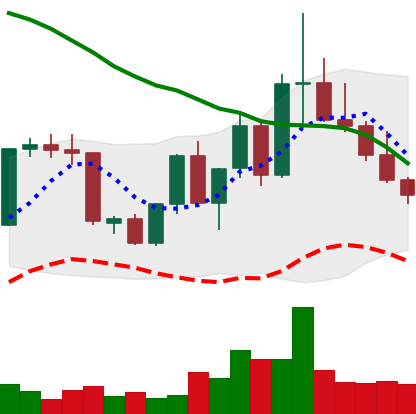
Ticker: XLM-USD
Chart end date: 2022-09-28
Forward return: 7.942%
Label: up_7plus